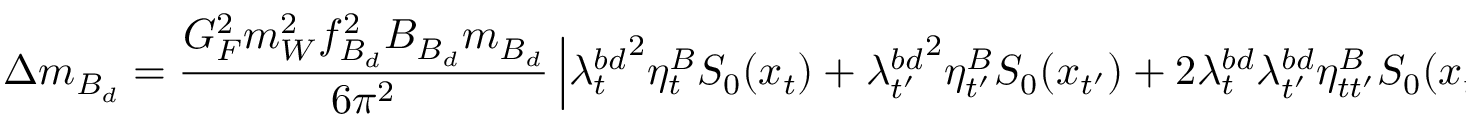
\Delta m _ { B _ { d } } = \frac { G _ { F } ^ { 2 } m _ { W } ^ { 2 } f _ { B _ { d } } ^ { 2 } B _ { B _ { d } } m _ { B _ { d } } } { 6 \pi ^ { 2 } } \left| { \lambda _ { t } ^ { b d } } ^ { 2 } \eta _ { t } ^ { B } S _ { 0 } ( x _ { t } ) + { \lambda _ { t ^ { \prime } } ^ { b d } } ^ { 2 } \eta _ { t ^ { \prime } } ^ { B } S _ { 0 } ( x _ { t ^ { \prime } } ) + 2 { \lambda _ { t } ^ { b d } } { \lambda _ { t ^ { \prime } } ^ { b d } } \eta _ { t t ^ { \prime } } ^ { B } S _ { 0 } ( x _ { t } , x _ { t ^ { \prime } } ) \right| \ .